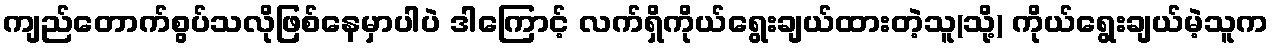
ကျည်တောက်စွပ်သလိုဖြစ်နေမှာပါပဲ ဒါကြောင့် လက်ရှိကိုယ်ရွေးချယ်ထားတဲ့သူ(သို့) ကိုယ်ရွေးချယ်မဲ့သူက